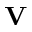
\mathbf { V }